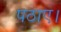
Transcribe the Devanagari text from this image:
पठाए।